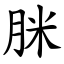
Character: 脒